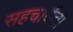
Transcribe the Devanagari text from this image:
सहचार्यता